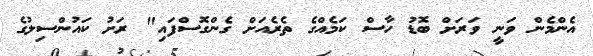
އެންމެން ވަނީ ވަރަށް ބޮޑު ހާސް ކަމެއްގެ ތެރެއަށް ގެންގޮސްފައި" ރަށު ކައުންސިލުގެ